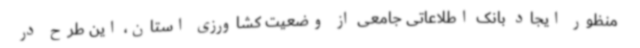
منظور ایجاد بانک اطلاعاتی جامعی از وضعیت کشاورزی استان، این طرح در